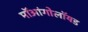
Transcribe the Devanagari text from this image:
मॉआंगोलॉयड